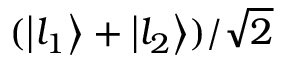
( \left\lvert l _ { 1 } \right\rangle + \left\lvert l _ { 2 } \right\rangle ) / \sqrt { 2 }